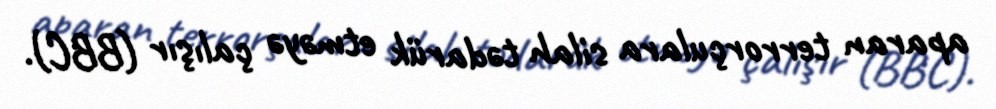
aparan terrorçulara silah tədarük etməyə çalışır (BBC).